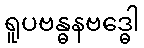
ရူပဗန္ဓနဗဒ္ဓေါ